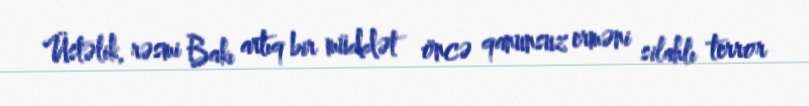
Üstəlik, rəsmi Bakı artıq bir müddət öncə qanunsuz erməni silahlı terror